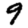
Digit: 9